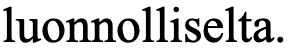
luonnolliselta.